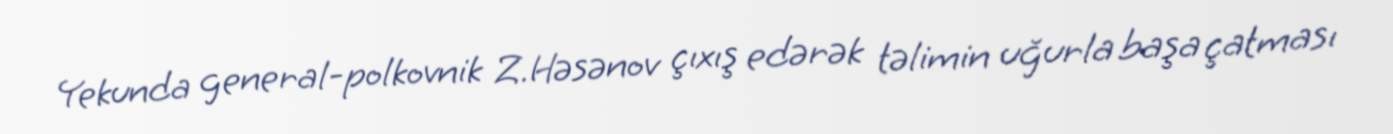
Yekunda general-polkovnik Z.Həsənov çıxış edərək təlimin uğurla başa çatması